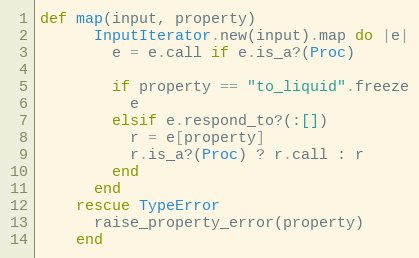
Language: Ruby
def map(input, property)
      InputIterator.new(input).map do |e|
        e = e.call if e.is_a?(Proc)

        if property == "to_liquid".freeze
          e
        elsif e.respond_to?(:[])
          r = e[property]
          r.is_a?(Proc) ? r.call : r
        end
      end
    rescue TypeError
      raise_property_error(property)
    end